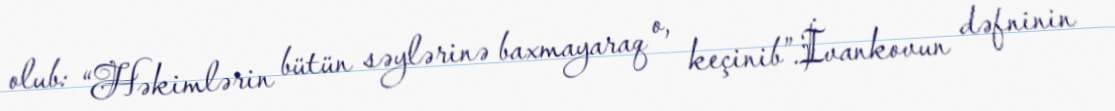
olub: “Həkimlərin bütün səylərinə baxmayaraq o, keçinib”.İvankovun dəfninin